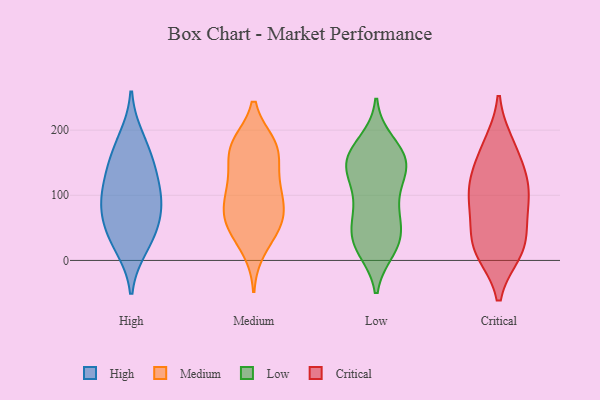
{"axis": {"x": "Waste Production (Tons)", "y": "Value"}, "legend": ["Critical", "High", "Low", "Medium"], "data": [{"x": "", "y": 112, "type": "High"}, {"x": "", "y": 62, "type": "High"}, {"x": "", "y": 93, "type": "High"}, {"x": "", "y": 66, "type": "High"}, {"x": "", "y": 34, "type": "High"}, {"x": "", "y": 21, "type": "High"}, {"x": "", "y": 102, "type": "High"}, {"x": "", "y": 148, "type": "High"}, {"x": "", "y": 155, "type": "High"}, {"x": "", "y": 187, "type": "High"}, {"x": "", "y": 17, "type": "Medium"}, {"x": "", "y": 70, "type": "Medium"}, {"x": "", "y": 46, "type": "Medium"}, {"x": "", "y": 54, "type": "Medium"}, {"x": "", "y": 104, "type": "Medium"}, {"x": "", "y": 120, "type": "Medium"}, {"x": "", "y": 74, "type": "Medium"}, {"x": "", "y": 178, "type": "Medium"}, {"x": "", "y": 80, "type": "Medium"}, {"x": "", "y": 178, "type": "Medium"}, {"x": "", "y": 169, "type": "Medium"}, {"x": "", "y": 170, "type": "Medium"}, {"x": "", "y": 172, "type": "Medium"}, {"x": "", "y": 52, "type": "Medium"}, {"x": "", "y": 129, "type": "Medium"}, {"x": "", "y": 105, "type": "Medium"}, {"x": "", "y": 54, "type": "Low"}, {"x": "", "y": 76, "type": "Low"}, {"x": "", "y": 155, "type": "Low"}, {"x": "", "y": 180, "type": "Low"}, {"x": "", "y": 25, "type": "Low"}, {"x": "", "y": 36, "type": "Low"}, {"x": "", "y": 148, "type": "Low"}, {"x": "", "y": 163, "type": "Low"}, {"x": "", "y": 152, "type": "Low"}, {"x": "", "y": 126, "type": "Low"}, {"x": "", "y": 33, "type": "Low"}, {"x": "", "y": 130, "type": "Low"}, {"x": "", "y": 18, "type": "Low"}, {"x": "", "y": 92, "type": "Low"}, {"x": "", "y": 24, "type": "Low"}, {"x": "", "y": 78, "type": "Low"}, {"x": "", "y": 142, "type": "Low"}, {"x": "", "y": 164, "type": "Low"}, {"x": "", "y": 96, "type": "Critical"}, {"x": "", "y": 14, "type": "Critical"}, {"x": "", "y": 171, "type": "Critical"}, {"x": "", "y": 177, "type": "Critical"}, {"x": "", "y": 121, "type": "Critical"}, {"x": "", "y": 71, "type": "Critical"}, {"x": "", "y": 21, "type": "Critical"}, {"x": "", "y": 116, "type": "Critical"}, {"x": "", "y": 24, "type": "Critical"}, {"x": "", "y": 131, "type": "Critical"}, {"x": "", "y": 20, "type": "Critical"}, {"x": "", "y": 80, "type": "Critical"}]}